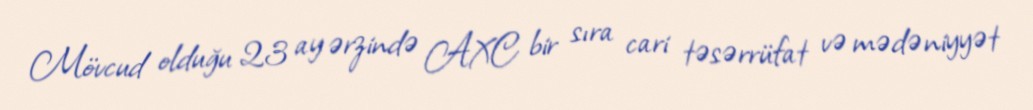
Mövcud olduğu 23 ay ərzində AXC bir sıra cari təsərrüfat və mədəniyyət